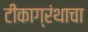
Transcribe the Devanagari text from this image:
टीकाग्रंथाचा